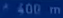
400m